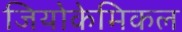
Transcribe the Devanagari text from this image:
जियोकेमिकल